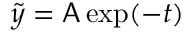
\tilde { y } = \mathsf { A } \exp ( - t )